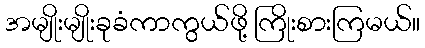
အမျိုးမျိုးခုခံကာကွယ်ဖို့ ကြိုးစားကြမယ်။